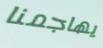
يهاجمنا